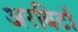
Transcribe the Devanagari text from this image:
अरबिटों